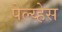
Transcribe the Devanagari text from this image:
पेल्य्हेस